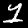
Digit: 1